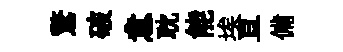
驚破意耽能埃亘備